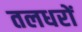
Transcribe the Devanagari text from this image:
तलधरों